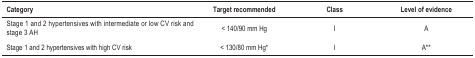
<table><thead><tr><td><b>Category</b></td><td><b>Target recommended</b></td><td><b>Class</b></td><td><b>Level of evidence</b></td></tr></thead><tbody><tr><td>Stage 1 and 2 hypertensives with intermediateor low CV risk and stage 3 AH</td><td>&lt; 140/90 mm Hg</td><td>I</td><td>A</td></tr><tr><td>Stage 1 and 2 hypertensives with high CVrisk</td><td>&lt; 130/80 mm Hg*</td><td>I</td><td>A**</td></tr></tbody></table>